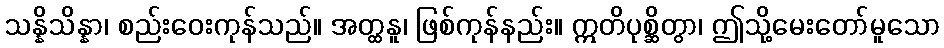
သန္နိသိန္နာ၊ စည်းဝေးကုန်သည်။ အတ္ထနူ၊ ဖြစ်ကုန်နည်း။ ဣတိပုစ္ဆိတွာ၊ ဤသို့မေးတော်မူသော